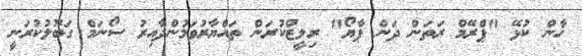
ޚާން ކުޅޭ "ޕްރޭމް ރަތަން ދަން ޕާޔޯ" ރިލީޒްކުރަން ތައްޔާރުވަމުންދާއިރު ސޯނަމް ގަބޫލުކުރަނީ